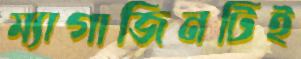
ম্যাগাজিনটিই